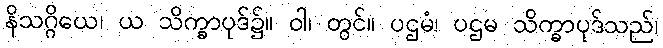
နိသဂ္ဂိယေ၊ ယ သိက္ခာပုဒ်၌။ ဝါ၊ တွင်။ ပဌမံ၊ ပဌမ သိက္ခာပုဒ်သည်၊